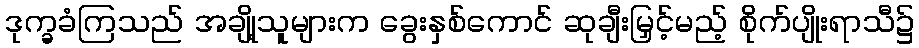
ဒုက္ခခံကြသည် အချို့သူများက ခွေးနှစ်ကောင် ဆုချီးမြှင့်မည့် စိုက်ပျိုးရာသီ၌